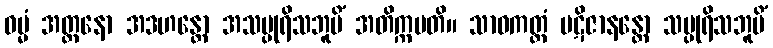
ဓမ္မံ အတ္တနော အဒဟန္တော အသပ္ပုရိသဘူမိံ အတိက္ကမတိ။ သာဝကတ္တံ ပဋိဇာနန္တော သပ္ပုရိသဘူမိံ